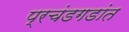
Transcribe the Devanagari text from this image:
प्रचंडगडांत